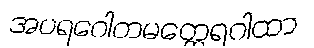
အပရဂေါတမတ္ထေရဂါထာ